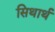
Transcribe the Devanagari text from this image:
सिथार्थ